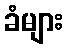
ခံများ